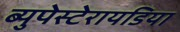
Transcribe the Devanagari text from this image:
ब्युपेस्टेरायडिया